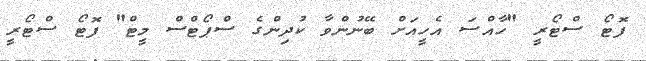
ފޮޓޯ ސްޓޯރީ "ހާއްސަ އެހީއަށް ބޭނުންވާ ކުދިންގެ ސްޕޯޓްސް މީޓް" ފޮޓޯ ސްޓޯރީ